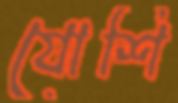
যোশি